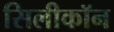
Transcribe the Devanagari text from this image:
सिलीकॉन